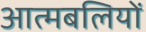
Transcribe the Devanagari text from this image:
आत्मबलियों